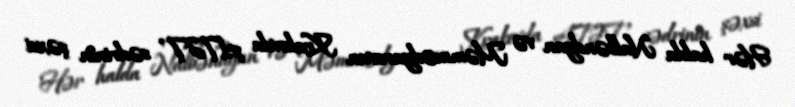
Hər halda Nalbəndyan və Məmmədyarovun Krakovda ATƏT sədrinin şəxsi